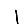
Digit: 1